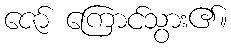
ဇော် ကြောင်သွား၏။